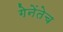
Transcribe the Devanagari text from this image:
गेनेंतेच